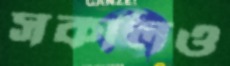
সকালও